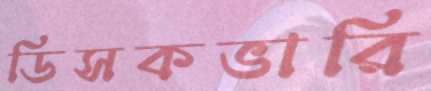
ডিসকভারি